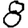
Digit: 8